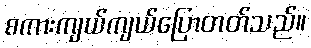
စကားကျယ်ကျယ်ပြောတတ်သည်။